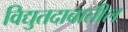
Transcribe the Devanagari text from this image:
विद्युतदाबातील